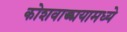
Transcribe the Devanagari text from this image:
कोशवाङ्मयामध्ये